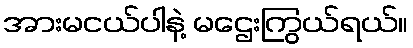
အားမငယ်ပါနဲ့ မဌေးကြွယ်ရယ်။